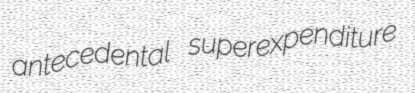
antecedental superexpenditure